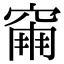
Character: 𥧀